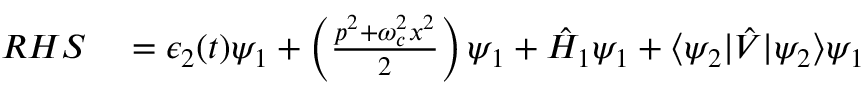
\begin{array} { r l } { R H S } & { { } = \epsilon _ { 2 } ( t ) \psi _ { 1 } + \left( \frac { p ^ { 2 } + \omega _ { c } ^ { 2 } x ^ { 2 } } { 2 } \right) \psi _ { 1 } + \hat { H } _ { 1 } \psi _ { 1 } + \langle \psi _ { 2 } | \hat { V } | \psi _ { 2 } \rangle \psi _ { 1 } } \end{array}